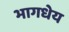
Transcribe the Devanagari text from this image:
भागधेय